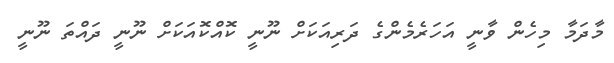
މާދަމާ މިހެން ވާނީ އަހަރެމެންގެ ދަރިއަކަށް ނޫނީ ކޮއްކޮއަކަށް ނޫނީ ދައްތަ ނޫނީ